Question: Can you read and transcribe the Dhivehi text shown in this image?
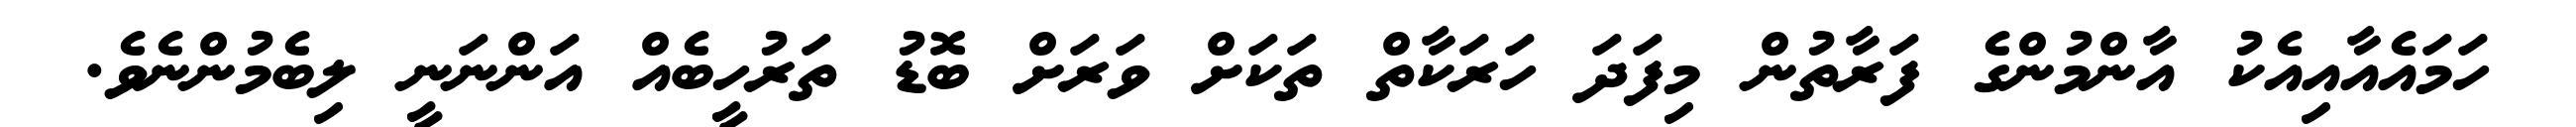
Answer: ހަމައެއާއިއެކު އާންމުންގެ ފަރާތުން މިފަދަ ހަރަކާތް ތަކަށް ވަރަށް ބޮޑު ތަރުހީބެއް އަންނަނީ ލިބެމުންނެވެ.